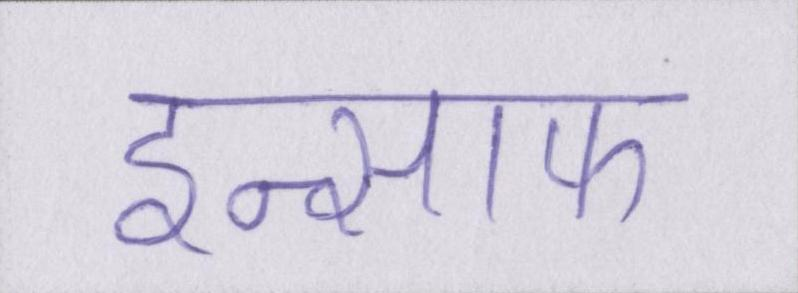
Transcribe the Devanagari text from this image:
इन्साफ